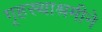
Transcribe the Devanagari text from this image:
गृहस्थाश्रमीने